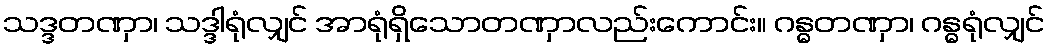
သဒ္ဒတဏှာ၊ သဒ္ဒါရုံလျှင် အာရုံရှိသောတဏှာလည်းကောင်း။ ဂန္ဓတဏှာ၊ ဂန္ဓရုံလျှင်